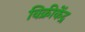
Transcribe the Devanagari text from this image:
विक्रीकेंद्र